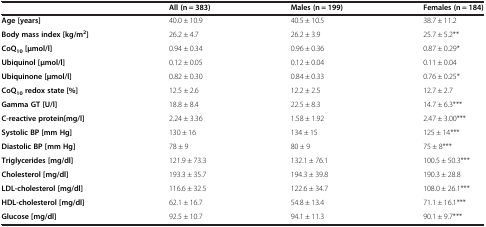
<table><thead><tr><td><b> </b></td><td><b>All (n = 383)</b></td><td><b>Males (n = 199)</b></td><td><b>Females (n = 184)</b></td></tr></thead><tbody><tr><td><b>Age [years]</b></td><td>40.0 ± 10.9</td><td>40.5 ± 10.5</td><td>38.7 ± 11.2</td></tr><tr><td><b>Body mass index [kg/m</b><sup><b>2</b></sup><b>]</b></td><td>26.2 ± 4.7</td><td>26.2 ± 3.9</td><td>25.7 ± 5.2**</td></tr><tr><td><b>CoQ</b><sub><b>10 </b></sub><b>[μmol/l]</b></td><td>0.94 ± 0.34</td><td>0.96 ± 0.36</td><td>0.87 ± 0.29*</td></tr><tr><td><b>Ubiquinol [μmol/l]</b></td><td>0.12 ± 0.05</td><td>0.12 ± 0.04</td><td>0.11 ± 0.04</td></tr><tr><td><b>Ubiquinone [μmol/l]</b></td><td>0.82 ± 0.30</td><td>0.84 ± 0.33</td><td>0.76 ± 0.25*</td></tr><tr><td><b>CoQ</b><sub><b>10 </b></sub><b>redox state [%]</b></td><td>12.5 ± 2.6</td><td>12.2 ± 2.5</td><td>12.7 ± 2.7</td></tr><tr><td><b>Gamma GT [U/l]</b></td><td>18.8 ± 8.4</td><td>22.5 ± 8.3</td><td>14.7 ± 6.3***</td></tr><tr><td><b>C-reactive protein[mg/l]</b></td><td>2.24 ± 3.36</td><td>1.58 ± 1.92</td><td>2.47 ± 3.00***</td></tr><tr><td><b>Systolic BP [mm Hg]</b></td><td>130 ± 16</td><td>134 ± 15</td><td>125 ± 14***</td></tr><tr><td><b>Diastolic BP [mm Hg]</b></td><td>78 ± 9</td><td>80 ± 9</td><td>75 ± 8***</td></tr><tr><td><b>Triglycerides [mg/dl]</b></td><td>121.9 ± 73.3</td><td>132.1 ± 76.1</td><td>100.5 ± 50.3***</td></tr><tr><td><b>Cholesterol [mg/dl]</b></td><td>193.3 ± 35.7</td><td>194.3 ± 39.8</td><td>190.3 ± 28.8</td></tr><tr><td><b>LDL-cholesterol [mg/dl]</b></td><td>116.6 ± 32.5</td><td>122.6 ± 34.7</td><td>108.0 ± 26.1***</td></tr><tr><td><b>HDL-cholesterol [mg/dl]</b></td><td>62.1 ± 16.7</td><td>54.8 ± 13.4</td><td>71.1 ± 16.1***</td></tr><tr><td><b>Glucose [mg/dl]</b></td><td>92.5 ± 10.7</td><td>94.1 ± 11.3</td><td>90.1 ± 9.7***</td></tr></tbody></table>